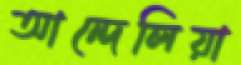
আন্দেলিয়া